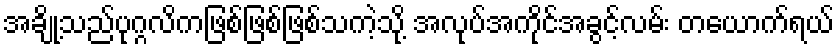
အချို့သည်ပုဂ္ဂလိကဖြစ်ဖြစ်ဖြစ်သကဲ့သို့ အလုပ်အကိုင်အခွင့်လမ်း တယောက်ရယ်